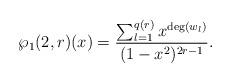
LaTeX: \begin{align*}\wp_1(2,r)(x)=\frac{\sum_{l=1}^{q(r)} x^{\deg(w_l)}}{(1-x^2)^{2r-1}}.\end{align*}